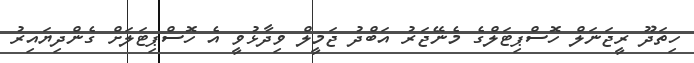
ހިތަދޫ ރީޖަނަލް ހޮސްޕިޓަލްގެ މެނޭޖަރު އަބްދު ޖަމީލް ވިދާޅުވީ އެ ހޮސްޕިޓަލަށް ގެންދިޔައިރު